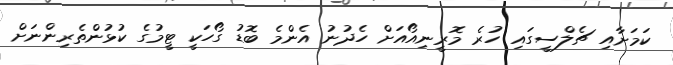
ކަމަށާއި ޗެލްސީގައި ހުރެ މޮރީނިއޯއަށް ހެދުނު އެންމެ ބޮޑު ގޯހަކީ ޓީމުގެ ކުޅުންތެރިންނަށް